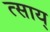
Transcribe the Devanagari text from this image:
त्साय्